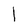
Character: 1